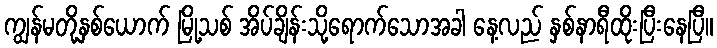
ကျွန်မတို့နှစ်ယောက် မြို့သစ် အိပ်ချိန်းသို့ရောက်သောအခါ နေ့လည် နှစ်နာရီထိုးပြီးနေပြီ။